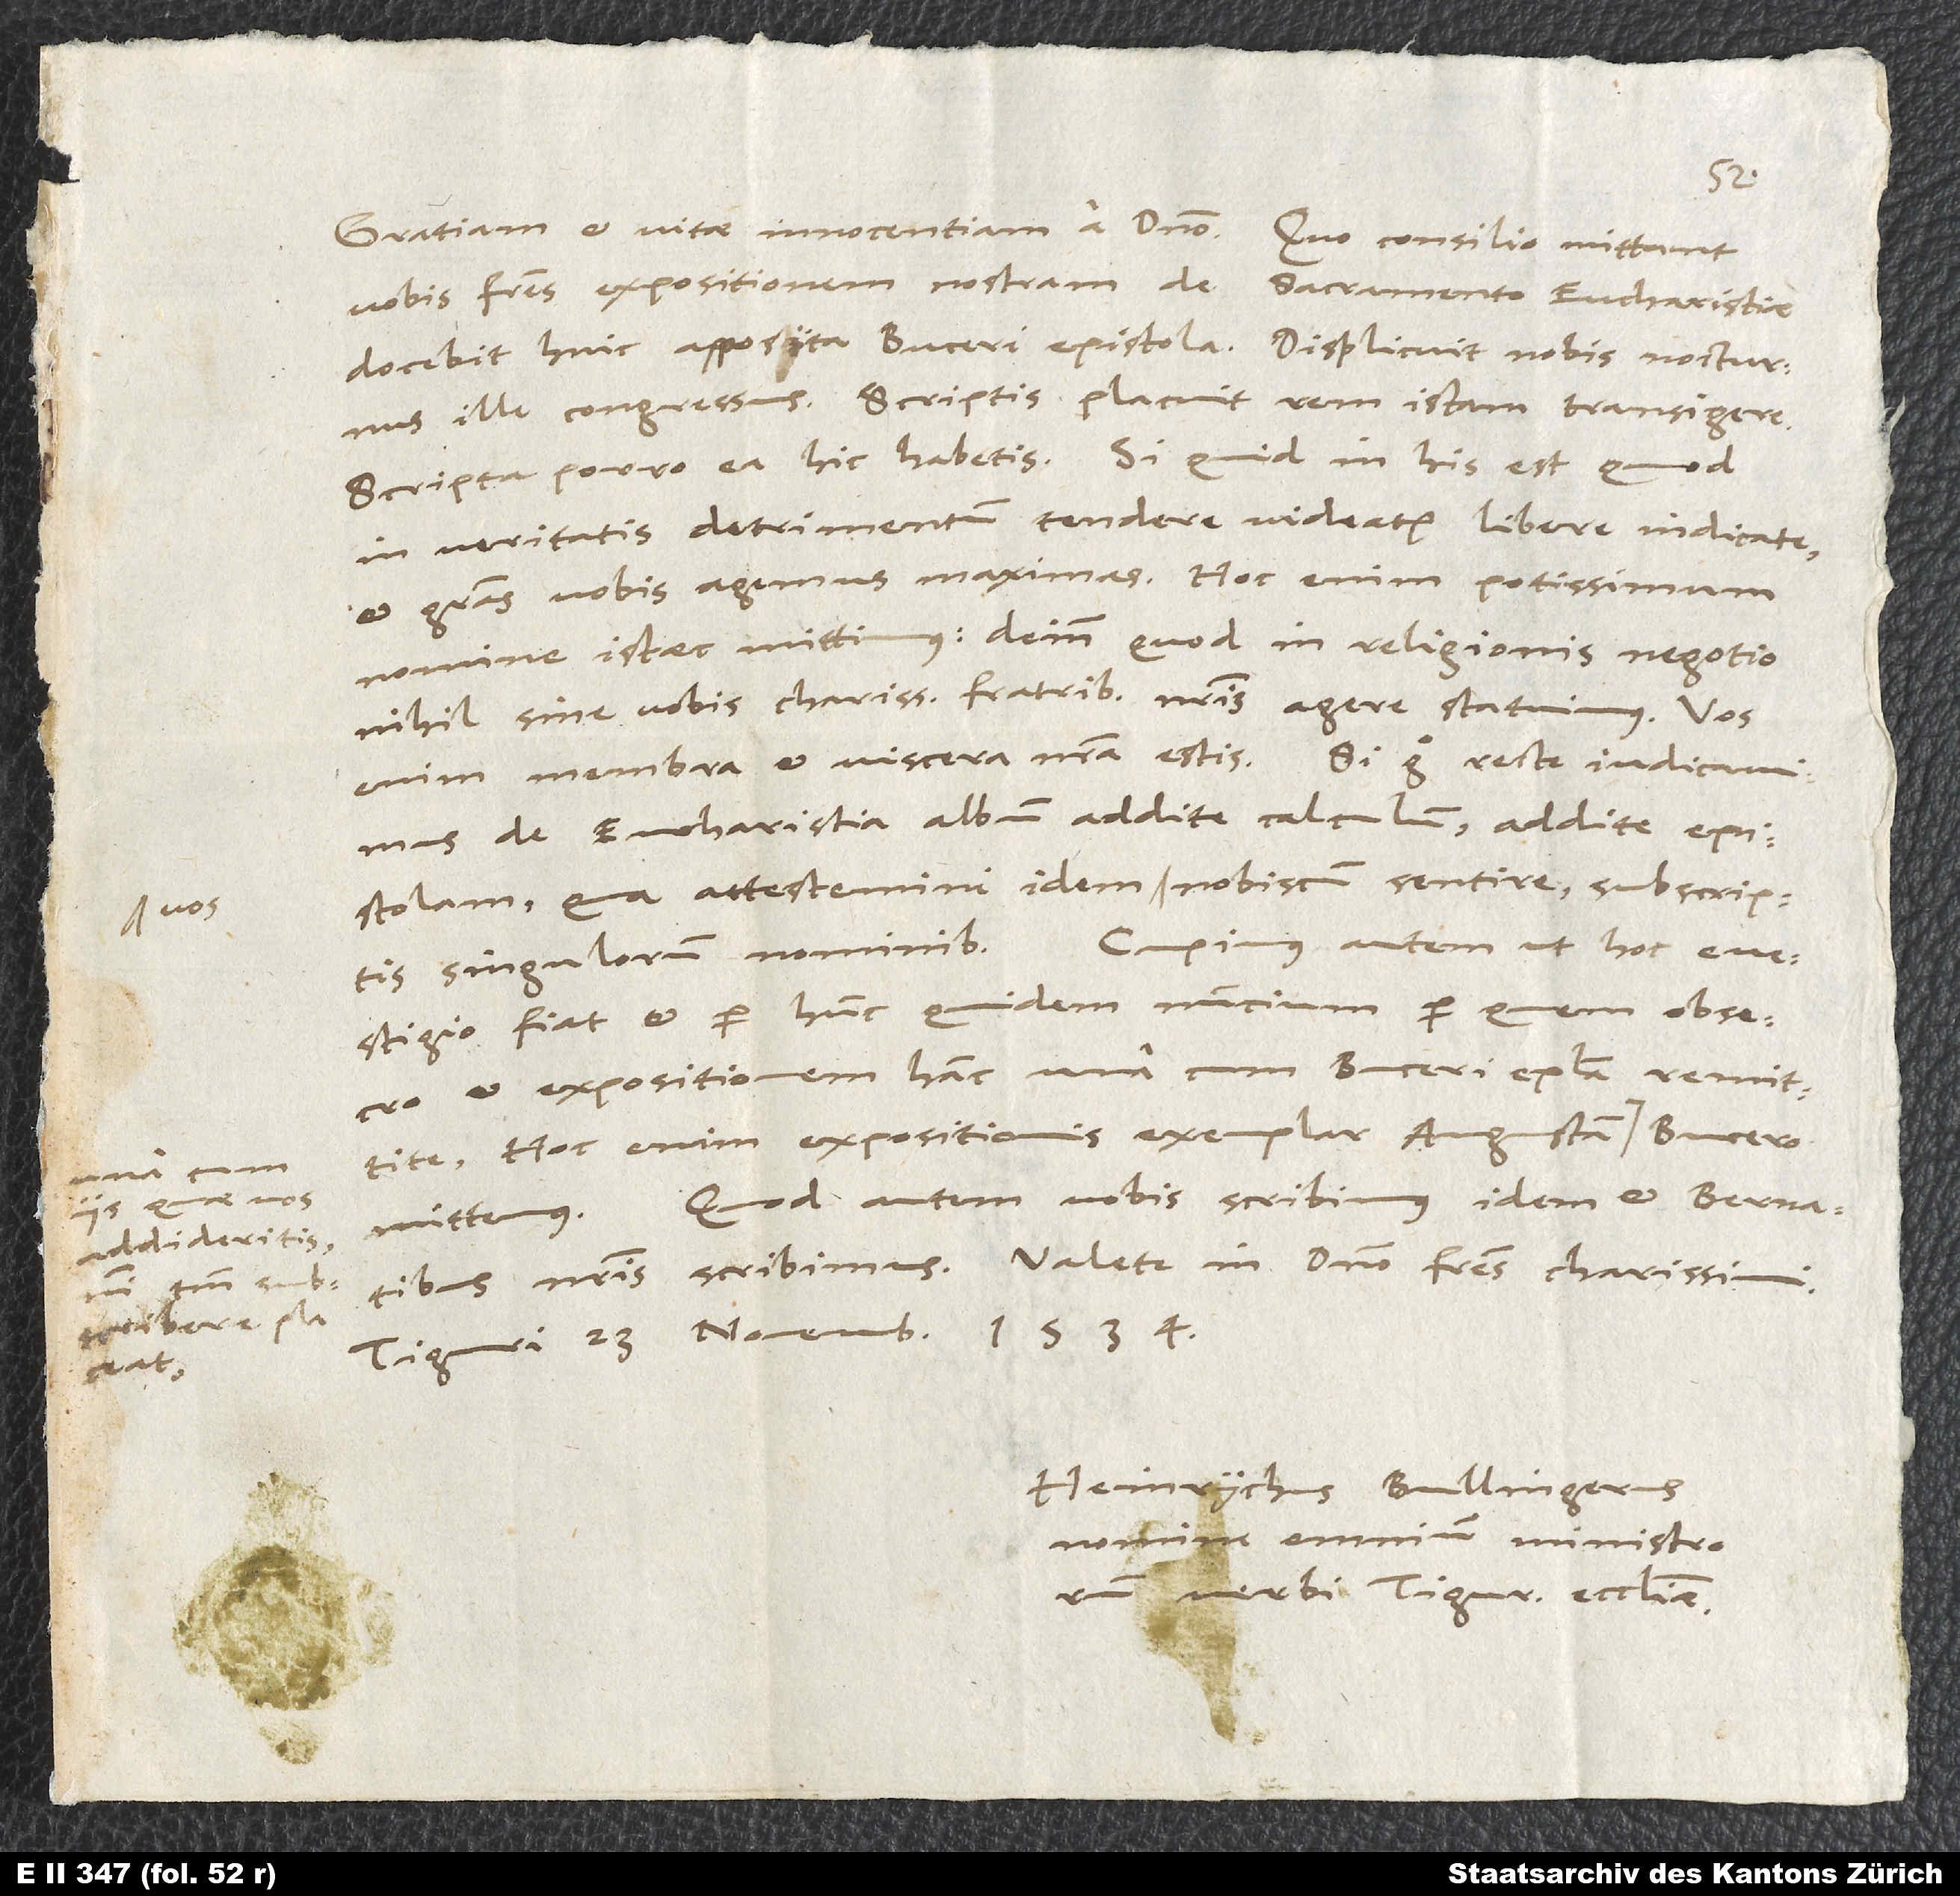
una cum
iis, quae vos
reddideritis,
nisi tantum subscribere
a

vobis fratres expositionem nostram de Sacramento eucharistiae,
docebit huic apposita Buceri epistola. Displicuit nobis nocturnus
ille congressus. Scriptis placuit rem istam transigere.
Scripta porro ea hic habetis. Si quid in his est, quod
in veritatis detrimentum tendere videatur, libere indicate,
et gratias vobis agemus maximas. Hoc enim potissimum
nomine istaec mittimus, deinde, quod in religionis negotio
nihil sine vobis, charissimis fratribus nostris, agere statuimus. Vos
enim membra et viscera nostra estis. Si ergo recte iudicavimus
de eucharistia, album addite calculum. Addite epistolam,
qua attestemini idem vos nobiscum sentire subscriptis
Cupimus autem, ut hoc e
singulorum nominibus.
vestigio fiat, et per hunc quidem nuncium. Per quem, obsecro,
et expositionem hanc una cum Buceri epistola remittite.
Hoc enim expositionis exemplar Augustam
mittemus. Quod autem vobis scribimus, idem et Bernatibus
Tiguri, 23. novembris 1534.
Heinrychus Bullingerus
nomine omnium ministrorum
verbi Tigurinae ecclesiae.